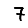
Digit: 7